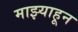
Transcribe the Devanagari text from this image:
माझ्याहून